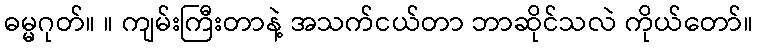
ဓမ္မဂုတ်။ ။ ကျမ်းကြီးတာနဲ့ အသက်ငယ်တာ ဘာဆိုင်သလဲ ကိုယ်တော်။